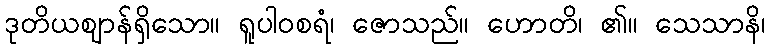
ဒုတိယဈာန်ရှိသော။ ရူပါဝစရံ၊ ဇောသည်။ ဟောတိ၊ ၏။ သေသာနိ၊